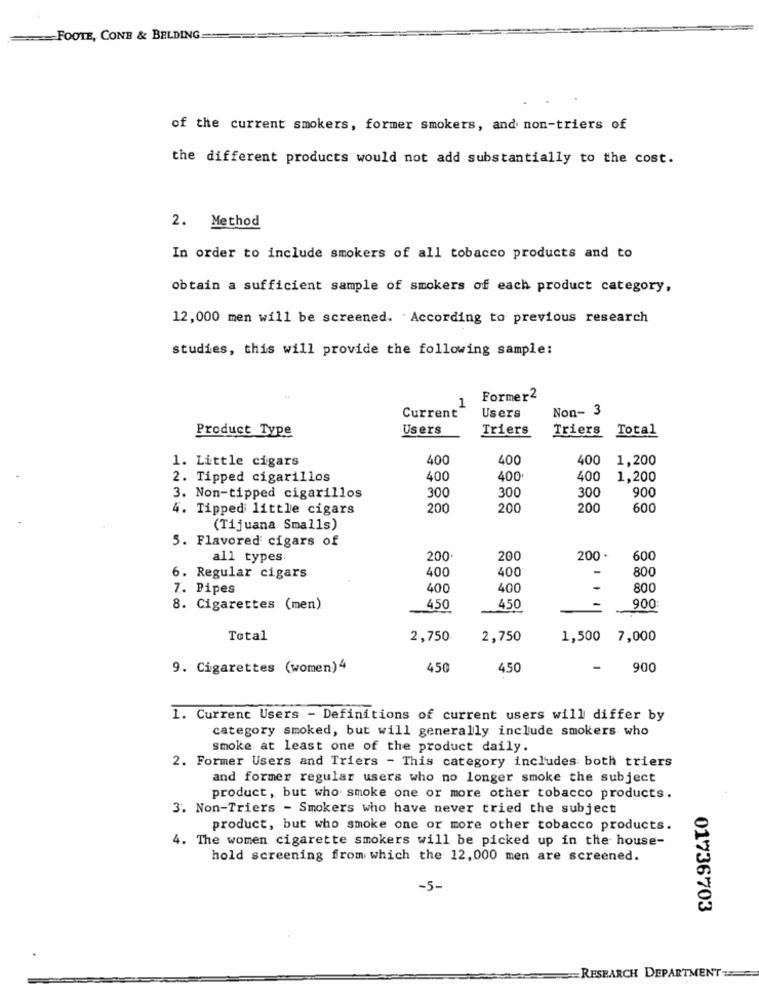
== FOOTE, CONB & BELDING
of the current smokers, former smokers, and non-triers of
the different products would not add substantially to the cost.
2. Method
In order to include smokers of all tobacco products and to
obtain a sufficient sample of smokers of each product category,
12,000 men will be screened. According to previous research
studies, this will provide the following sample:
Former2
Current
1
Non- 3
Users
Product Type
Users
Triers
Triers Total
1. Little cigars
400
400
400
1,200
2. Tipped cigarillos
400
400·
400
1,200
300
300
300
900
3. Non-tipped cigarillos
4. Tipped little cigars
200
200
200
600
(Tijuana Smalls)
5. Flavored cigars of
all types
200
200
200 .
600
400
400
-
800
6. Regular cigars
7. Pipes
400
400
-
800
8. Cigarettes (men)
450
450
900
Total
2,750
2,750
1,500 7,000
9. Cigarettes (women)4
450
450
900
1. Current Users - Definitions of current users will differ by
category smoked, but will generally include smokers who
smoke at least one of the product daily.
2. Former Users and Triers - This category includes both triers
and former regular users who no longer smoke the subject
product, but who smoke one or more other tobacco products.
3. Non-Triers - Smokers who have never tried the subject
product, but who smoke one or more other tobacco products.
4. The women cigarette smokers will be picked up in the house-
hold screening from which the 12, 000 men are screened.
-5-
01736703
RESEARCH DEPARTMENT